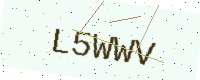
Text: L5WWV